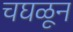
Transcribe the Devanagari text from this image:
चघळून